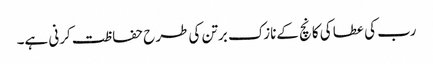
رب کی عطا کی کانچ کےنازک برتن کی طرح حفاظت کرنی ہے۔